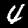
Label: 4